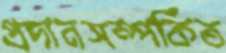
প্রদানসম্পর্কিত